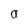
Character: a